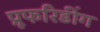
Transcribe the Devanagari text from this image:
प्रूफरिडींग